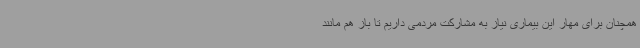
همچنان برای مهار این بیماری نیاز به مشارکت مردمی داریم تا باز هم مانند